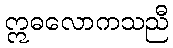
ဣဓလောကသညီ